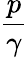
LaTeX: \frac{p}{\gamma}